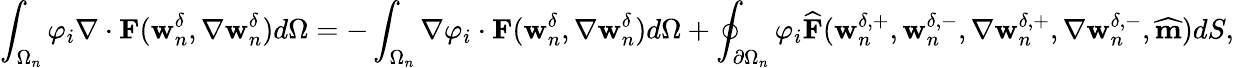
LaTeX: \int_{\Omega_{n}}\varphi_{i}\nabla\cdot\textbf{F}(\textbf{w}_{n}^{\delta},\nabla\textbf{w}_{n}^{\delta})d\Omega=-\int_{\Omega_{n}}\nabla\varphi_{i}\cdot\textbf{F}(\textbf{w}_{n}^{\delta},\nabla\textbf{w}_{n}^{\delta})d\Omega+\oint_{\partial\Omega_{n}}\varphi_{i}\widehat{\textbf{F}}(\textbf{w}_{n}^{\delta,+},\textbf{w}_{n}^{\delta,-},\nabla\textbf{w}_{n}^{\delta,+},\nabla\textbf{w}_{n}^{\delta,-},\widehat{\textbf{m}})dS,